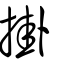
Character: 掛